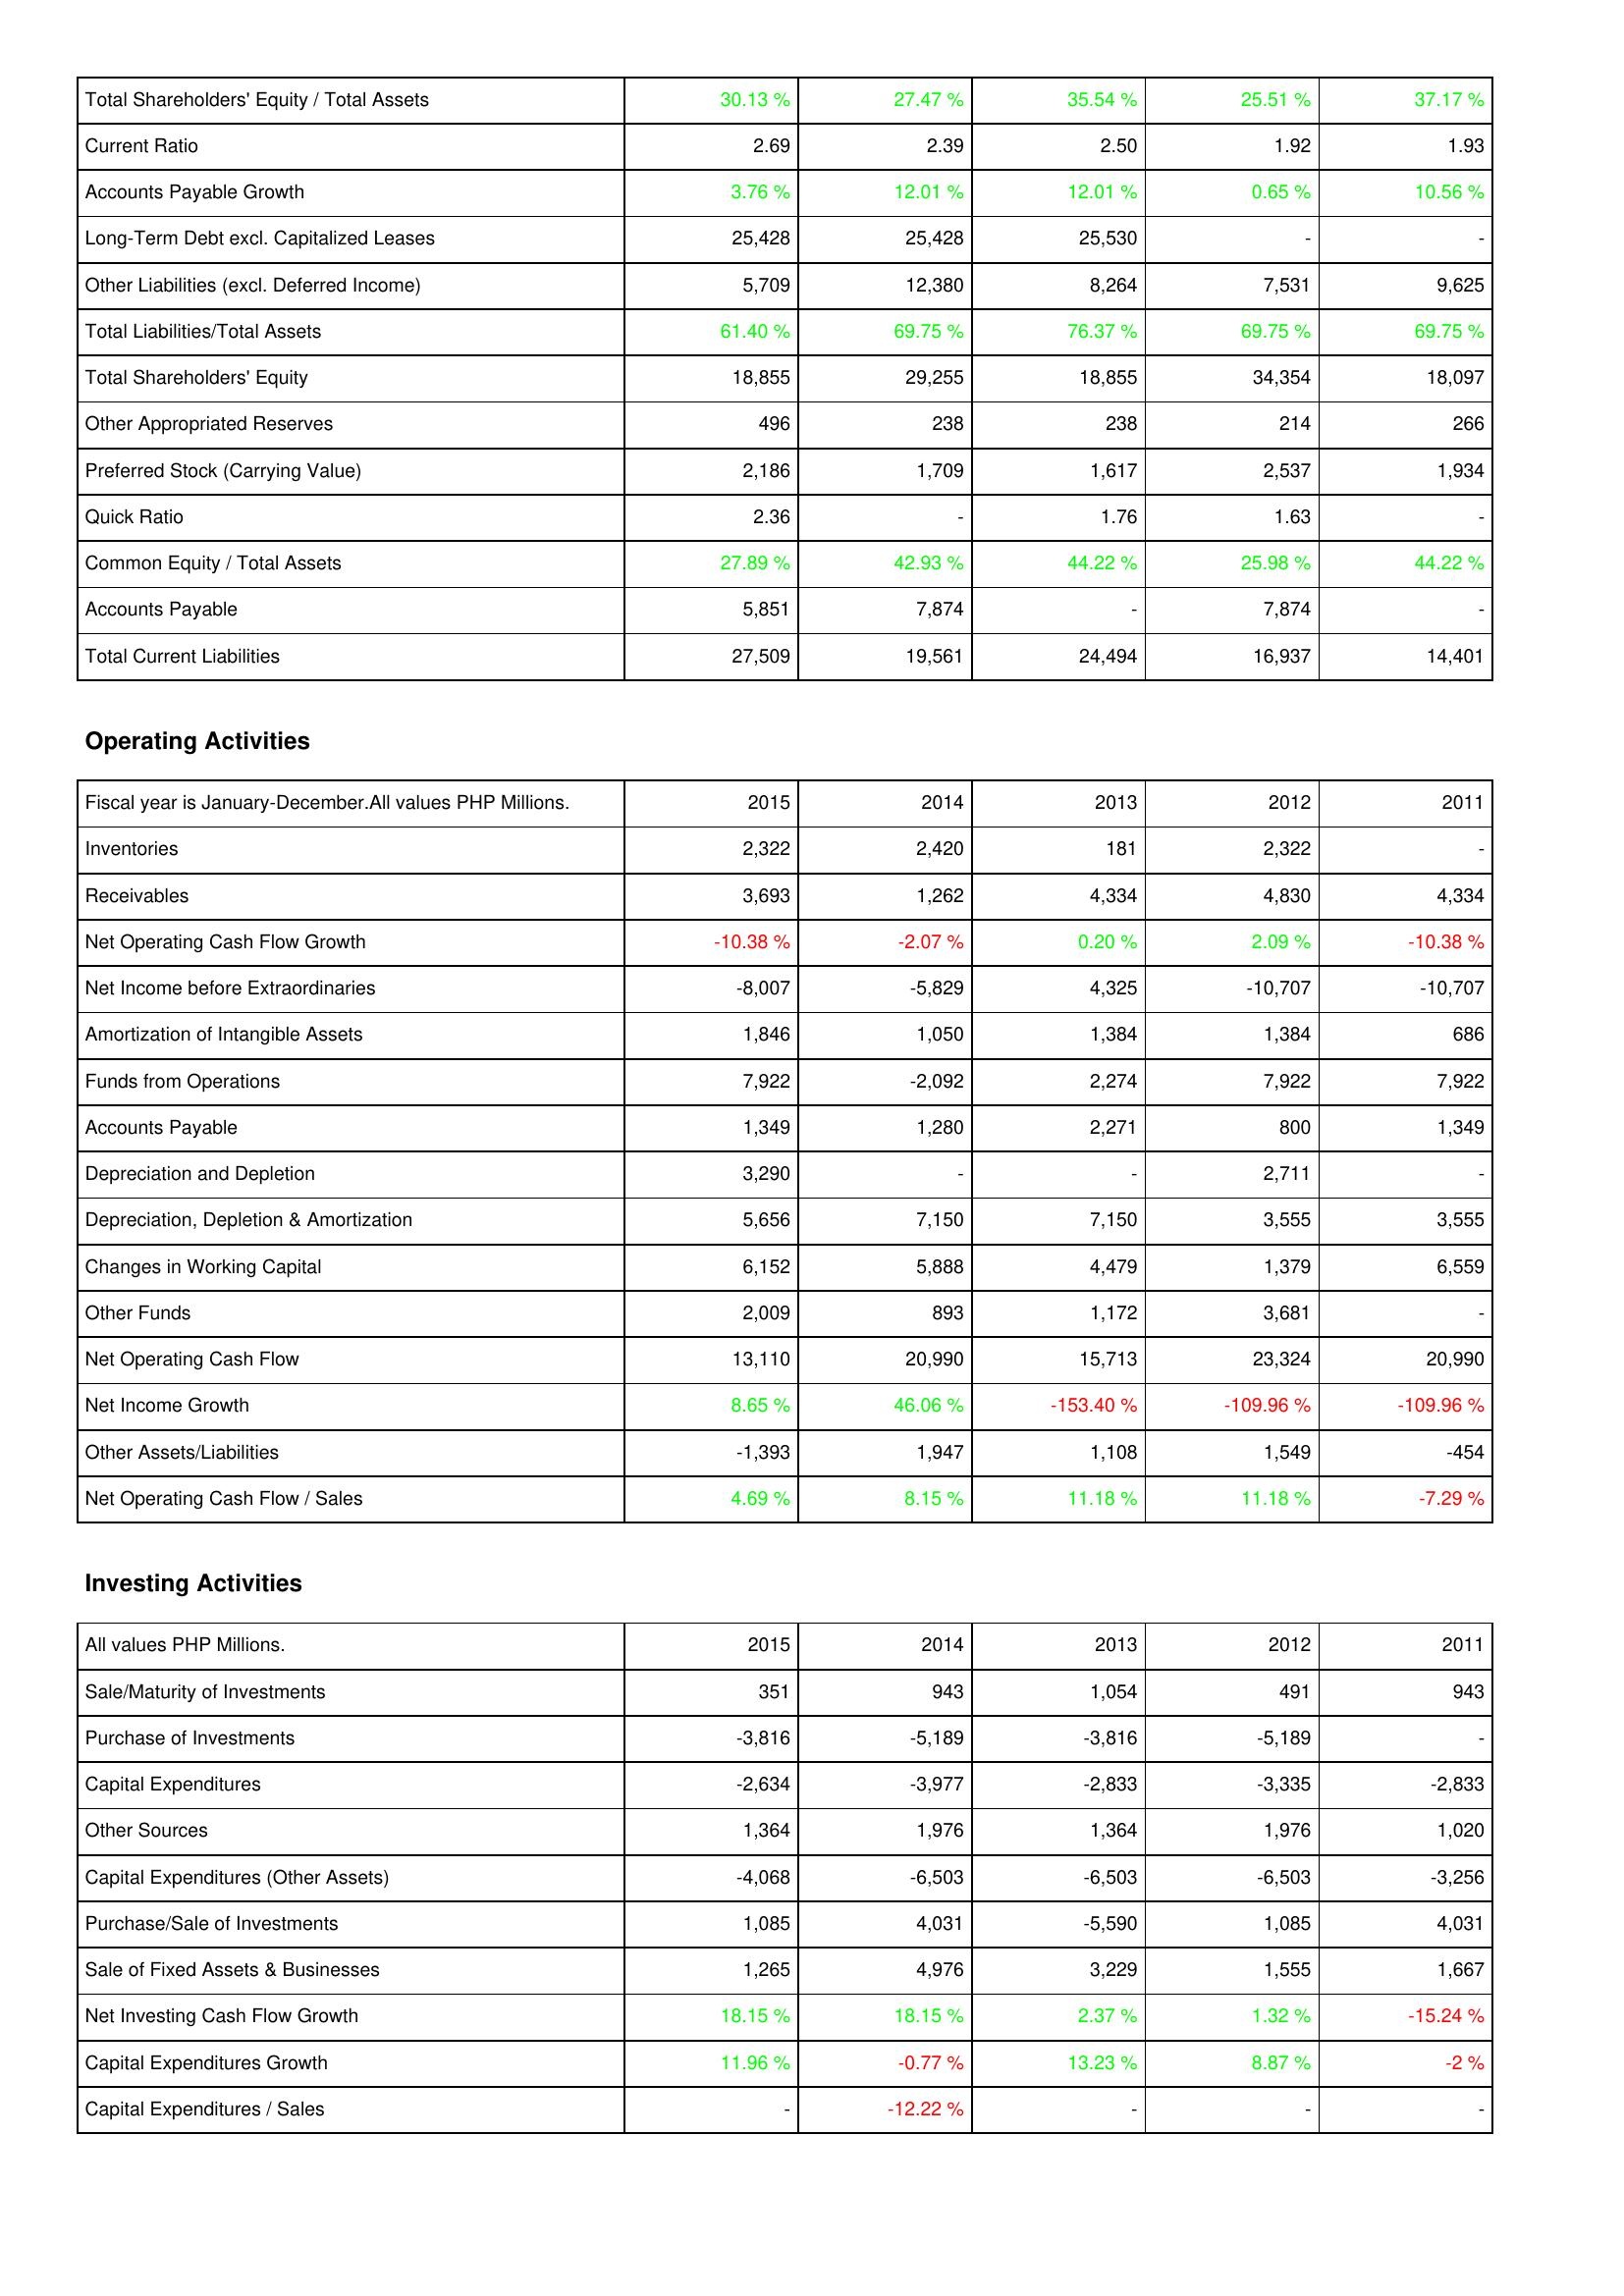
2015: Liabilities & Shareholders' Equity: Total Shareholders' Equity / Total Assets: 30.13 %
Current Ratio: 2.69
Accounts Payable Growth: 3.76 %
Long-Term Debt excl. Capitalized Leases: 25,428
Other Liabilities (excl. Deferred Income): 5,709
Total Liabilities/Total Assets: 61.40 %
Total Shareholders' Equity: 18,855
Other Appropriated Reserves: 496
Preferred Stock (Carrying Value): 2,186
Quick Ratio: 2.36
Common Equity / Total Assets: 27.89 %
Accounts Payable: 5,851
Total Current Liabilities: 27,509
Operating Activities: Inventories: 2,322
Receivables: 3,693
Net Operating Cash Flow Growth: -10.38 %
Net Income before Extraordinaries: -8,007
Amortization of Intangible Assets: 1,846
Funds from Operations: 7,922
Accounts Payable: 1,349
Depreciation and Depletion: 3,290
Depreciation, Depletion & Amortization: 5,656
Changes in Working Capital: 6,152
Other Funds: 2,009
Net Operating Cash Flow: 13,110
Net Income Growth: 8.65 %
Other Assets/Liabilities: -1,393
Net Operating Cash Flow / Sales: 4.69 %
Investing Activities: Sale/Maturity of Investments: 351
Purchase of Investments: -3,816
Capital Expenditures: -2,634
Other Sources: 1,364
Capital Expenditures (Other Assets): -4,068
Purchase/Sale of Investments: 1,085
Sale of Fixed Assets & Businesses: 1,265
Net Investing Cash Flow Growth: 18.15 %
Capital Expenditures Growth: 11.96 %
Capital Expenditures / Sales: -
2014: Liabilities & Shareholders' Equity: Total Shareholders' Equity / Total Assets: 27.47 %
Current Ratio: 2.39
Accounts Payable Growth: 12.01 %
Long-Term Debt excl. Capitalized Leases: 25,428
Other Liabilities (excl. Deferred Income): 12,380
Total Liabilities/Total Assets: 69.75 %
Total Shareholders' Equity: 29,255
Other Appropriated Reserves: 238
Preferred Stock (Carrying Value): 1,709
Quick Ratio: -
Common Equity / Total Assets: 42.93 %
Accounts Payable: 7,874
Total Current Liabilities: 19,561
Operating Activities: Inventories: 2,420
Receivables: 1,262
Net Operating Cash Flow Growth: -2.07 %
Net Income before Extraordinaries: -5,829
Amortization of Intangible Assets: 1,050
Funds from Operations: -2,092
Accounts Payable: 1,280
Depreciation and Depletion: -
Depreciation, Depletion & Amortization: 7,150
Changes in Working Capital: 5,888
Other Funds: 893
Net Operating Cash Flow: 20,990
Net Income Growth: 46.06 %
Other Assets/Liabilities: 1,947
Net Operating Cash Flow / Sales: 8.15 %
Investing Activities: Sale/Maturity of Investments: 943
Purchase of Investments: -5,189
Capital Expenditures: -3,977
Other Sources: 1,976
Capital Expenditures (Other Assets): -6,503
Purchase/Sale of Investments: 4,031
Sale of Fixed Assets & Businesses: 4,976
Net Investing Cash Flow Growth: 18.15 %
Capital Expenditures Growth: -0.77 %
Capital Expenditures / Sales: -12.22 %
2013: Liabilities & Shareholders' Equity: Total Shareholders' Equity / Total Assets: 35.54 %
Current Ratio: 2.50
Accounts Payable Growth: 12.01 %
Long-Term Debt excl. Capitalized Leases: 25,530
Other Liabilities (excl. Deferred Income): 8,264
Total Liabilities/Total Assets: 76.37 %
Total Shareholders' Equity: 18,855
Other Appropriated Reserves: 238
Preferred Stock (Carrying Value): 1,617
Quick Ratio: 1.76
Common Equity / Total Assets: 44.22 %
Accounts Payable: -
Total Current Liabilities: 24,494
Operating Activities: Inventories: 181
Receivables: 4,334
Net Operating Cash Flow Growth: 0.20 %
Net Income before Extraordinaries: 4,325
Amortization of Intangible Assets: 1,384
Funds from Operations: 2,274
Accounts Payable: 2,271
Depreciation and Depletion: -
Depreciation, Depletion & Amortization: 7,150
Changes in Working Capital: 4,479
Other Funds: 1,172
Net Operating Cash Flow: 15,713
Net Income Growth: -153.40 %
Other Assets/Liabilities: 1,108
Net Operating Cash Flow / Sales: 11.18 %
Investing Activities: Sale/Maturity of Investments: 1,054
Purchase of Investments: -3,816
Capital Expenditures: -2,833
Other Sources: 1,364
Capital Expenditures (Other Assets): -6,503
Purchase/Sale of Investments: -5,590
Sale of Fixed Assets & Businesses: 3,229
Net Investing Cash Flow Growth: 2.37 %
Capital Expenditures Growth: 13.23 %
Capital Expenditures / Sales: -
2012: Liabilities & Shareholders' Equity: Total Shareholders' Equity / Total Assets: 25.51 %
Current Ratio: 1.92
Accounts Payable Growth: 0.65 %
Long-Term Debt excl. Capitalized Leases: -
Other Liabilities (excl. Deferred Income): 7,531
Total Liabilities/Total Assets: 69.75 %
Total Shareholders' Equity: 34,354
Other Appropriated Reserves: 214
Preferred Stock (Carrying Value): 2,537
Quick Ratio: 1.63
Common Equity / Total Assets: 25.98 %
Accounts Payable: 7,874
Total Current Liabilities: 16,937
Operating Activities: Inventories: 2,322
Receivables: 4,830
Net Operating Cash Flow Growth: 2.09 %
Net Income before Extraordinaries: -10,707
Amortization of Intangible Assets: 1,384
Funds from Operations: 7,922
Accounts Payable: 800
Depreciation and Depletion: 2,711
Depreciation, Depletion & Amortization: 3,555
Changes in Working Capital: 1,379
Other Funds: 3,681
Net Operating Cash Flow: 23,324
Net Income Growth: -109.96 %
Other Assets/Liabilities: 1,549
Net Operating Cash Flow / Sales: 11.18 %
Investing Activities: Sale/Maturity of Investments: 491
Purchase of Investments: -5,189
Capital Expenditures: -3,335
Other Sources: 1,976
Capital Expenditures (Other Assets): -6,503
Purchase/Sale of Investments: 1,085
Sale of Fixed Assets & Businesses: 1,555
Net Investing Cash Flow Growth: 1.32 %
Capital Expenditures Growth: 8.87 %
Capital Expenditures / Sales: -
2011: Liabilities & Shareholders' Equity: Total Shareholders' Equity / Total Assets: 37.17 %
Current Ratio: 1.93
Accounts Payable Growth: 10.56 %
Long-Term Debt excl. Capitalized Leases: -
Other Liabilities (excl. Deferred Income): 9,625
Total Liabilities/Total Assets: 69.75 %
Total Shareholders' Equity: 18,097
Other Appropriated Reserves: 266
Preferred Stock (Carrying Value): 1,934
Quick Ratio: -
Common Equity / Total Assets: 44.22 %
Accounts Payable: -
Total Current Liabilities: 14,401
Operating Activities: Inventories: -
Receivables: 4,334
Net Operating Cash Flow Growth: -10.38 %
Net Income before Extraordinaries: -10,707
Amortization of Intangible Assets: 686
Funds from Operations: 7,922
Accounts Payable: 1,349
Depreciation and Depletion: -
Depreciation, Depletion & Amortization: 3,555
Changes in Working Capital: 6,559
Other Funds: -
Net Operating Cash Flow: 20,990
Net Income Growth: -109.96 %
Other Assets/Liabilities: -454
Net Operating Cash Flow / Sales: -7.29 %
Investing Activities: Sale/Maturity of Investments: 943
Purchase of Investments: -
Capital Expenditures: -2,833
Other Sources: 1,020
Capital Expenditures (Other Assets): -3,256
Purchase/Sale of Investments: 4,031
Sale of Fixed Assets & Businesses: 1,667
Net Investing Cash Flow Growth: -15.24 %
Capital Expenditures Growth: -2 %
Capital Expenditures / Sales: -